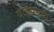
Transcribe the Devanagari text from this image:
पाइपवर्क